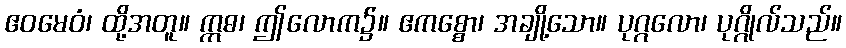
ဧဝမေဝံ၊ ထို့အတူ။ ဣဓ၊ ဤလောက၌။ ဧကစ္စော၊ အချို့သော။ ပုဂ္ဂလော၊ ပုဂ္ဂိုလ်သည်။